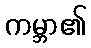
ကမ္ဘာ၏